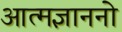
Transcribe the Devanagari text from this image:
आत्मज्ञाननो